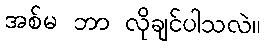
အစ်မ ဘာ လိုချင်ပါသလဲ။